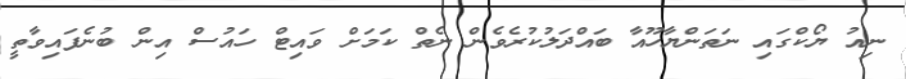
ނިއު ޔޯކްގައި ނަތަންޔާހޫއާ ބައްދަލުކުރެވެން ނެތް ކަމަށް ވައިޓް ހައުސް އިން ބުނެފައިވާތީ